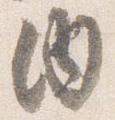
内